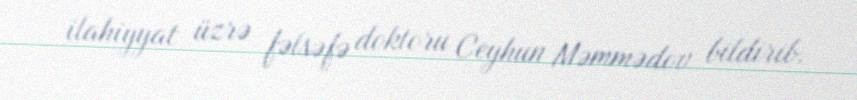
ilahiyyat üzrə fəlsəfə doktoru Ceyhun Məmmədov bildirib.